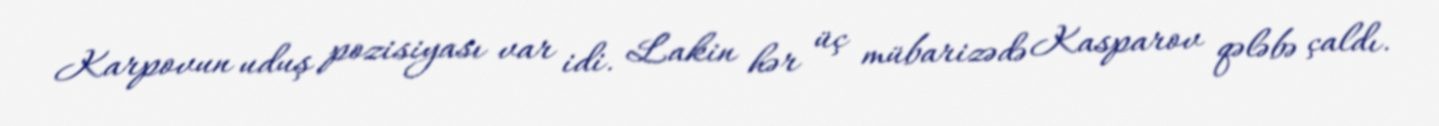
Karpovun uduş pozisiyası var idi. Lakin hər üç mübarizədə Kasparov qələbə çaldı.